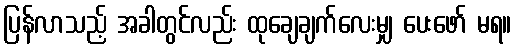
ပြန်လာသည့် အခါတွင်လည်း ထုချေချက်လေးမျှ ပေးဖော် မရ။